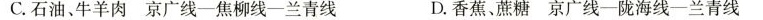
C.石油、牛羊肉京广线-焦柳线-兰青线 D.香蕉、蔗糖京广线一陇海线-兰青线